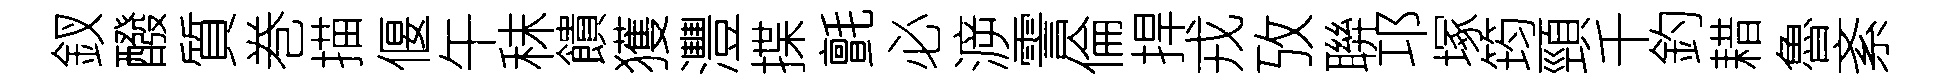
釵醱質巻描偃午秣饋獲灃揲氈必㴑霅倫捍戎攷聨邛塚筠頸千釣耤魯紊